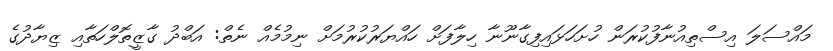
މައްސަލަ އިސްތިއުނާފުކުރަން ހުށަހަޅައިފިގާނޫނާ ހިލާފަށް ހައްޔަރުކުރުމަށް ނިމުމެއް ނެތް: އަބްދު ގާޒީތޮލްހަތާއި ޒިޔާދުގެ